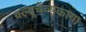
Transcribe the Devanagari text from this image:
क्ल्यूचेव्सकाया